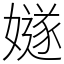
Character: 嬘